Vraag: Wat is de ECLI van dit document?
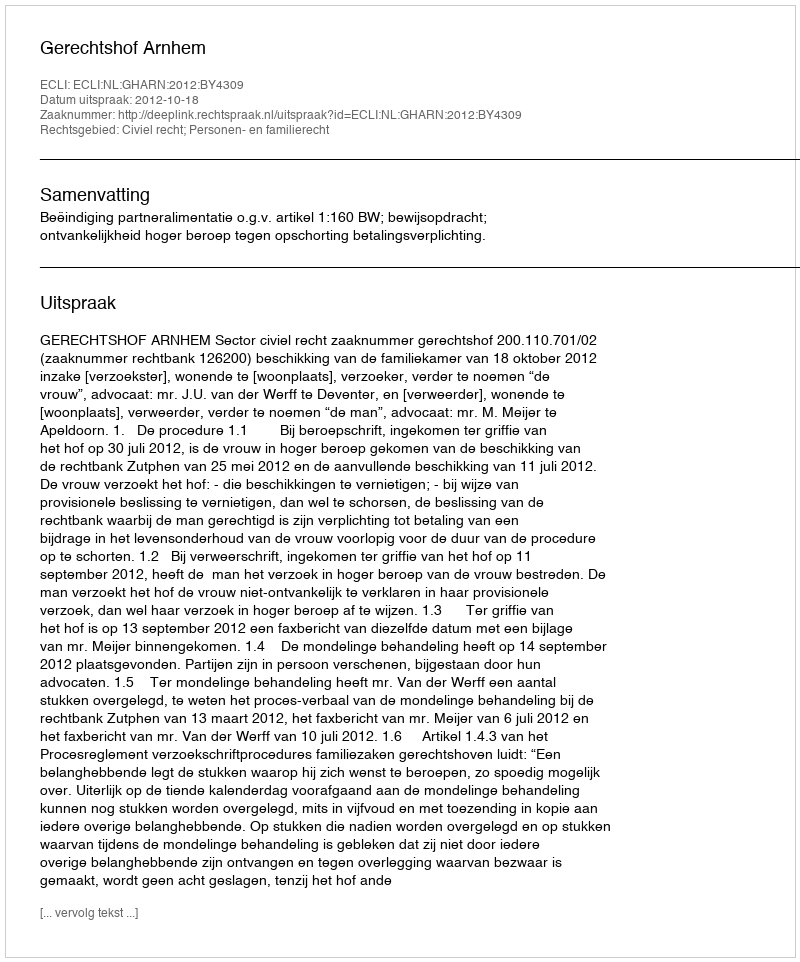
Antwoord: ECLI:NL:GHARN:2012:BY4309